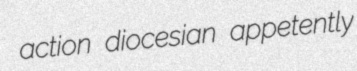
action diocesian appetently